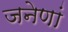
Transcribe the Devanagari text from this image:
जनेणां